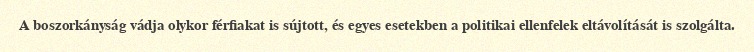
A boszorkányság vádja olykor férfiakat is sújtott, és egyes esetekben a politikai ellenfelek eltávolítását is szolgálta.